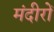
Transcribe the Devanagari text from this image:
मंदीरों